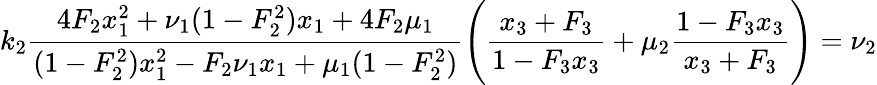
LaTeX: k_{2}\frac{4F_{2}x_{1}^{2}+\nu_{1}(1-F_{2}^{2})x_{1}+4F_{2}\mu_{1}}{(1-F_{2}^{2})x_{1}^{2}-F_{2}\nu_{1}x_{1}+\mu_{1}(1-F_{2}^{2})}\Bigg(\frac{x_{3}+F_{3}}{1-F_{3}x_{3}}+\mu_{2}\frac{1-F_{3}x_{3}}{x_{3}+F_{3}}\Bigg)=\nu_{2}